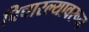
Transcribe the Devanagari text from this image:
विचारल्यावरून